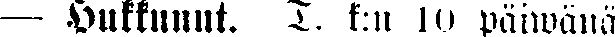
— Hukkunut. T. k:n 10 päiwänä